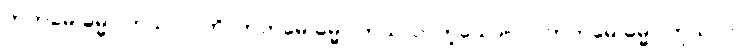
ကတမေ ဓမ္မာ ကုသလာတိ၊ ကတမေ ဓမ္မာ ကုသလာဟူသော။ ဝါ၊ ကတမေ ဓမ္မာ ကုသလာ